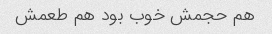
هم حجمش خوب بود هم طعمش